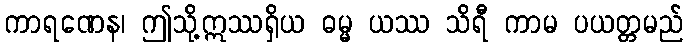
ကာရဏေန၊ ဤသို့ဣဿရှိယ ဓမ္မ ယဿ သိရီ ကာမ ပယတ္တမည်